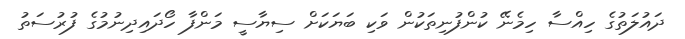
ދައުލަތުގެ ހިއްސާ ހިމެނޭ ކުންފުނިތަކުން ވަކި ބަޔަކަށް ސިޔާސީ މަންފާ ހޯދައިދިނުމުގެ ފުރުސަތު